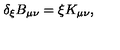
\delta _ { \xi } B _ { \mu \nu } = \xi K _ { \mu \nu } ,